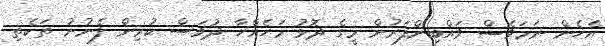
އެހެން ނަމަވެސް ވައްބިންފަރުން މީގެ ދޮޅު މަހެއްހާ ދުވަސް ކުރިން ފެނުނު ތަކެތި